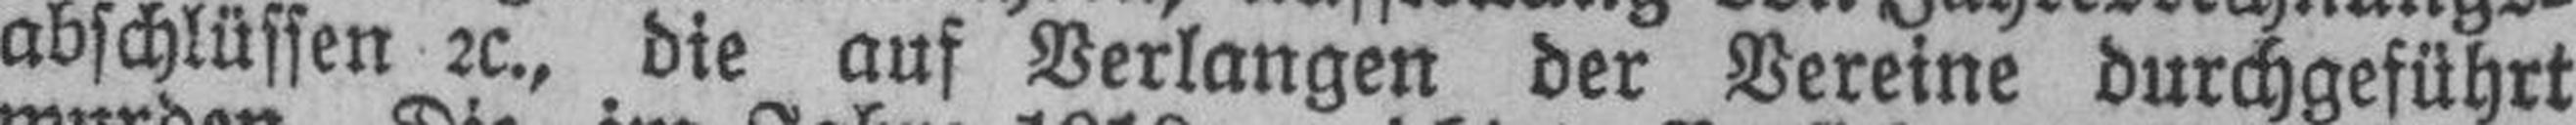
abschlüssen 2c., die auf Verlangen der Vereine durchgeführt